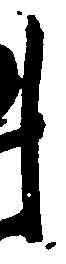
し